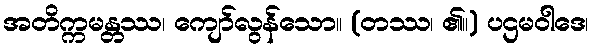
အတိက္ကမန္တဿ၊ ကျော်လွန်သော။ (တဿ၊ ၏။) ပဌမဝါဒေ၊